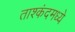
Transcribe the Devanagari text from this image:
ताश्कंदमध्ये